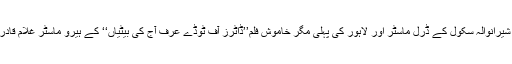
سنی گھوڑاتیار کرتے، سبیلیں لگاتے، کھانے پکاتے، روشنی کا انتظام کرتے، شیرانوالہ سکول کے ڈرل ماسٹر اور لاہور کی پہلی مگر خاموش فلم’’ڈاٹرز آف ٹوڈے عرف آج کی بیٹیاں‘‘ کے ہیرو ماسٹر غلام قادر سنی تھے لیکن گھوڑے کے جلوس کے ساتھ فسٹ ایڈ کا سامان لے کے چلتے۔